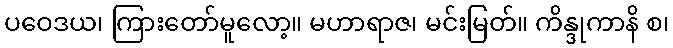
ပဝေဒယ၊ ကြားတော်မူလော့။ မဟာရာဇ၊ မင်းမြတ်။ ကိန္ဒုကာနိ စ၊